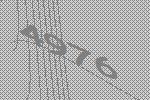
4976